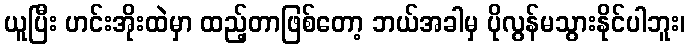
ယူပြီး ဟင်းအိုးထဲမှာ ထည့်တာဖြစ်တော့ ဘယ်အခါမှ ပိုလွန်မသွားနိုင်ပါဘူး၊